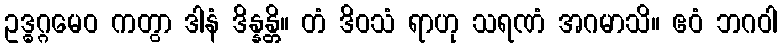
ဥဒ္ဓဂ္ဂမေဝ ကတွာ ဒါနံ ဒိန္နန္တိ။ တံ ဒိဝသံ ရာဟု သရဏံ အဂမာသိ။ ဧဝံ ဘဂဝါ